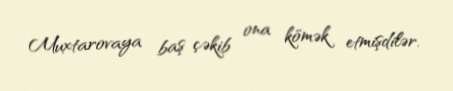
Muxtarovaya baş çəkib ona kömək etmişdilər.